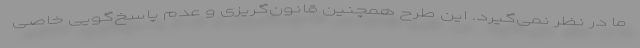
ما در نظر نمی‌گیرد. این طرح همچنین قانون‌گریزی و عدم پاسخ‌گویی خاصی